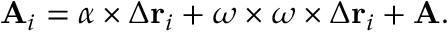
\mathbf { A } _ { i } = { \boldsymbol { \alpha } } \times \Delta \mathbf { r } _ { i } + { \boldsymbol { \omega } } \times { \boldsymbol { \omega } } \times \Delta \mathbf { r } _ { i } + \mathbf { A } .